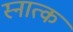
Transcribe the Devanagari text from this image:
स्नात्क